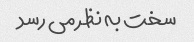
سخت به نظر می رسد